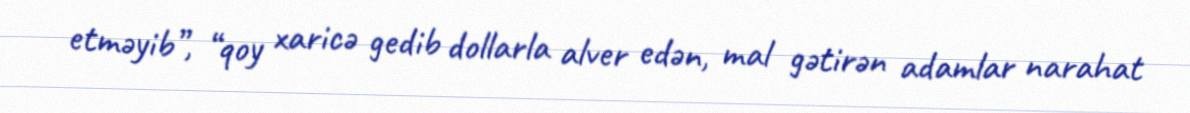
etməyib”, “qoy xaricə gedib dollarla alver edən, mal gətirən adamlar narahat